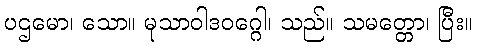
ပဌမော၊ သော။ မုသာဝါဒဝဂ္ဂေါ၊ သည်။ သမတ္တော၊ ပြီး။